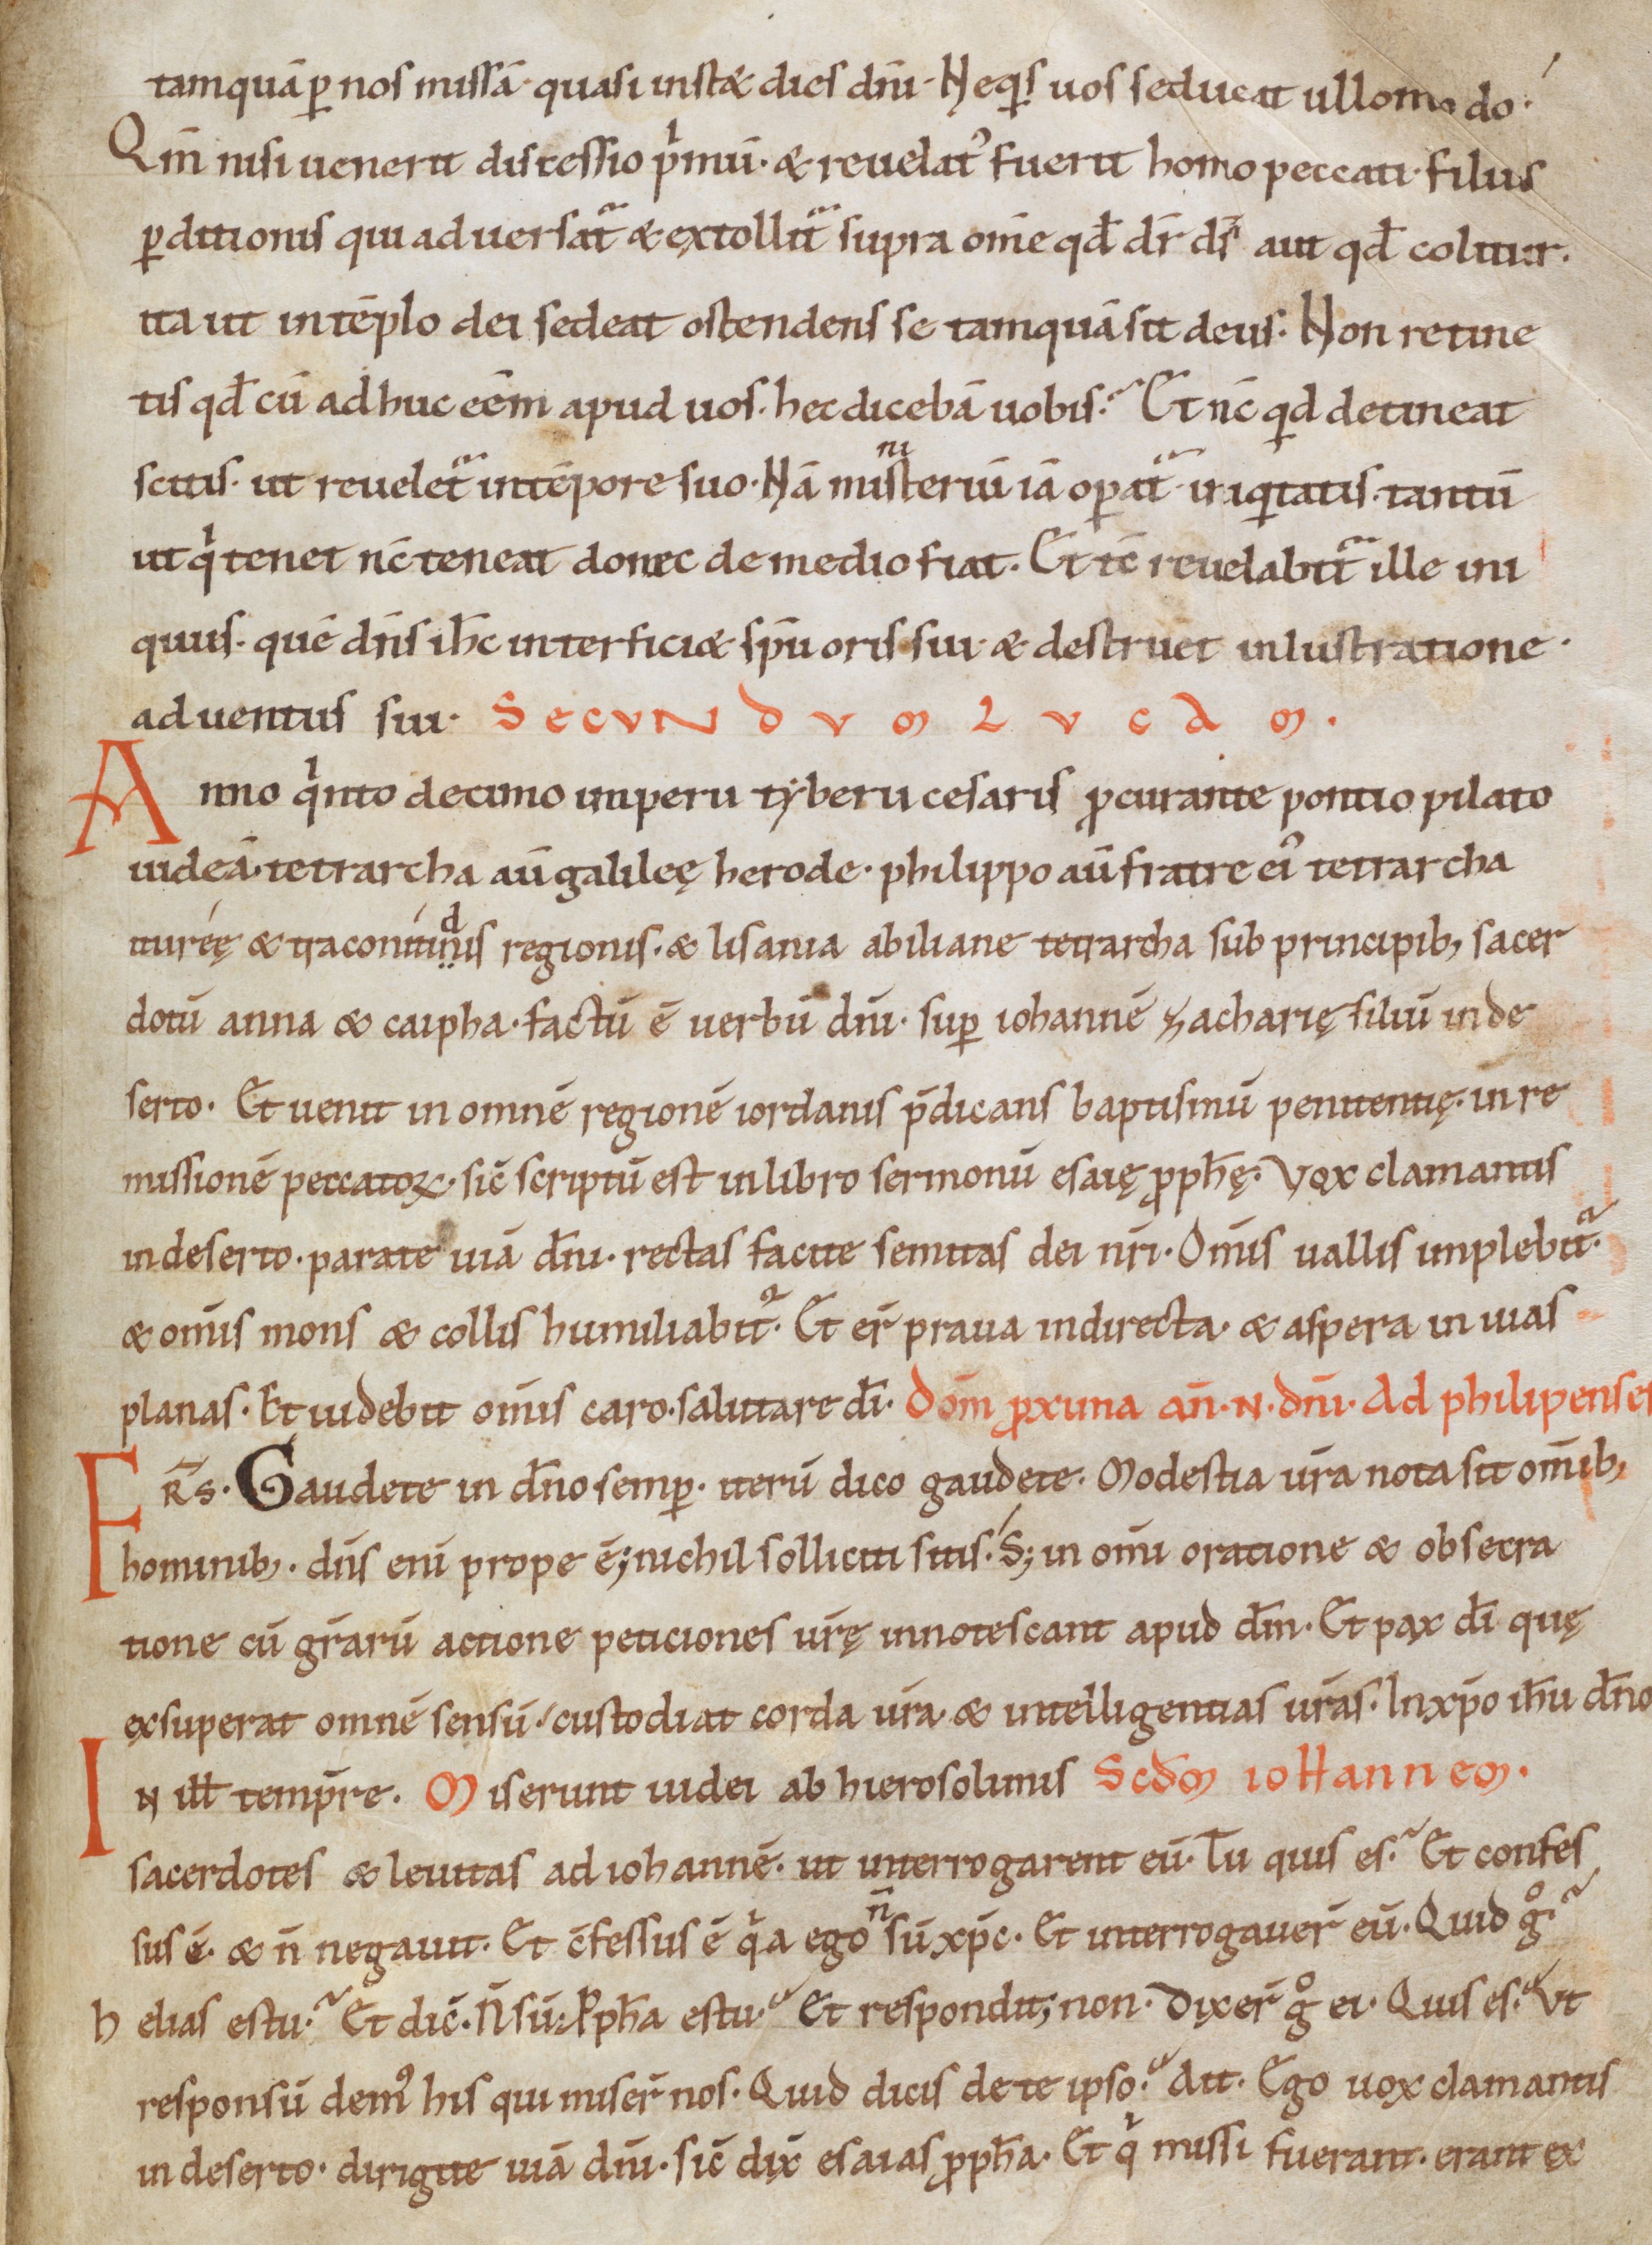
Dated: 1000–1049